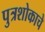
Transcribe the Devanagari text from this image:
पुत्रशोकाचे